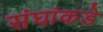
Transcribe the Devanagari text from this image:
संघांकडे